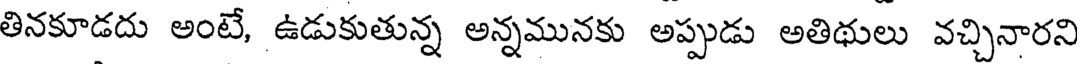
తినకూడదు అంటే, ఉడుకుతున్న అన్నమునకు అప్పుడు అతిథులు వచ్చినారని